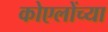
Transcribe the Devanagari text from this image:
कोएलोंच्या